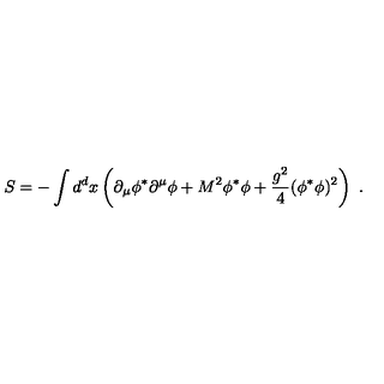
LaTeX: S = - \int d ^ { d } x \left( \partial _ { \mu } \phi ^ { * } \partial ^ { \mu } \phi + M ^ { 2 } \phi ^ { * } \phi + \frac { g ^ { 2 } } { 4 } ( \phi ^ { * } \phi ) ^ { 2 } \right) \ .